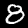
Digit: 8